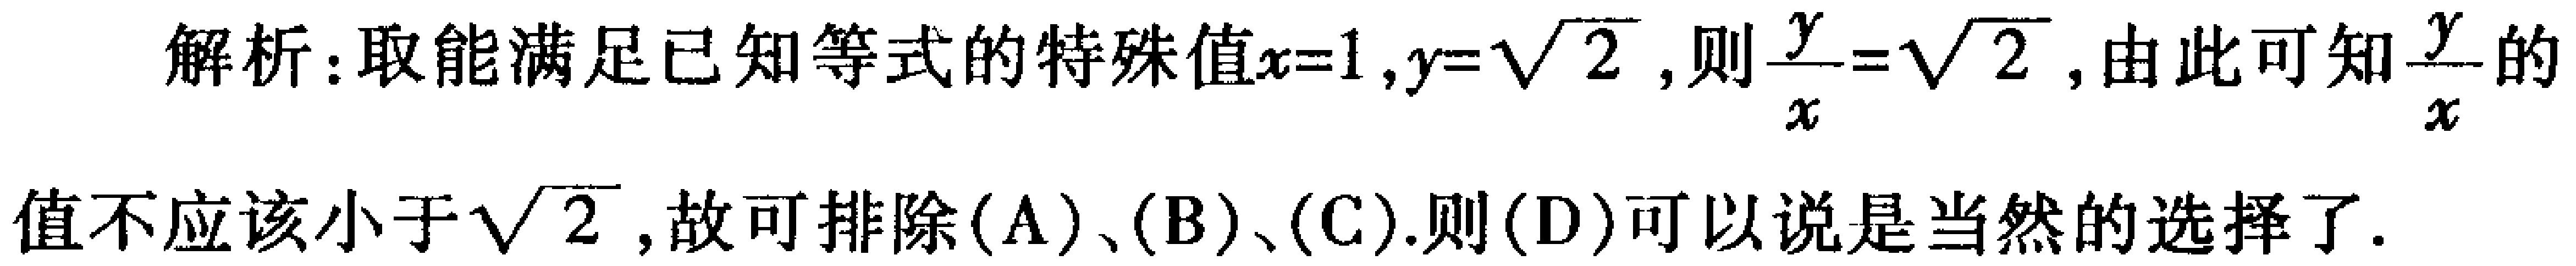
解析：取能满足已知等式的特殊值\(x = 1,y = \sqrt{2}\)，则\(\frac{y}{x}=\sqrt{2}\)，由此可知\(\frac{y}{x}\)的值不应该小于\(\sqrt{2}\)，故可排除\((A)\)、\((B)\)、\((C)\).则\((D)\)可以说是当然的选择了.